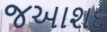
જઆશદ